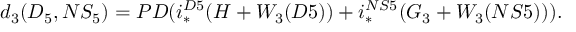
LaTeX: d _ { 3 } ( D _ { 5 } , N S _ { 5 } ) = P D ( i _ { * } ^ { D 5 } ( H + W _ { 3 } ( D 5 ) ) + i _ { * } ^ { N S 5 } ( G _ { 3 } + W _ { 3 } ( N S 5 ) ) ) .